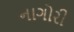
નાગોરી